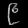
Digit: ၉